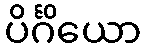
ပိင်္ဂိယော